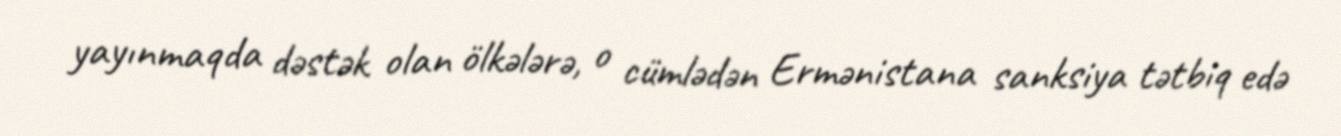
yayınmaqda dəstək olan ölkələrə, o cümlədən Ermənistana sanksiya tətbiq edə